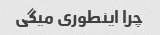
چرا اینطوری میگی